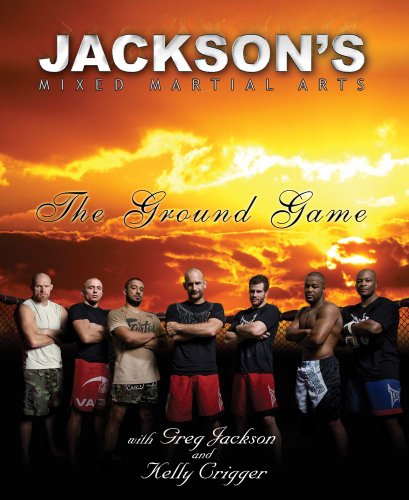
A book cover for Jackson's Mixed Martial Arts: The Ground Game; Greg Jackson; Sports & Outdoors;